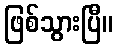
ဖြစ်သွားပြီ။